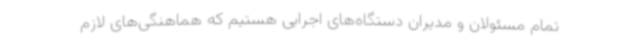
تمام مسئولان و مدیران دستگاه‌های اجرایی هستیم که هماهنگی‌های لازم